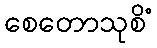
စေတောသုစိံ